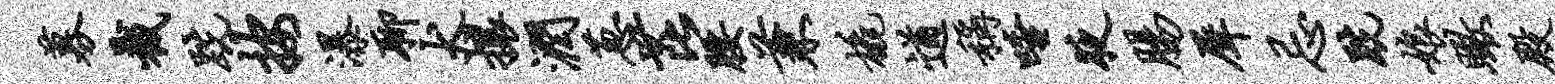
募截跣按瀑聊犬攘润葱芘腰兼橇遒称唾夜肠犀忌跣娘瞰殿